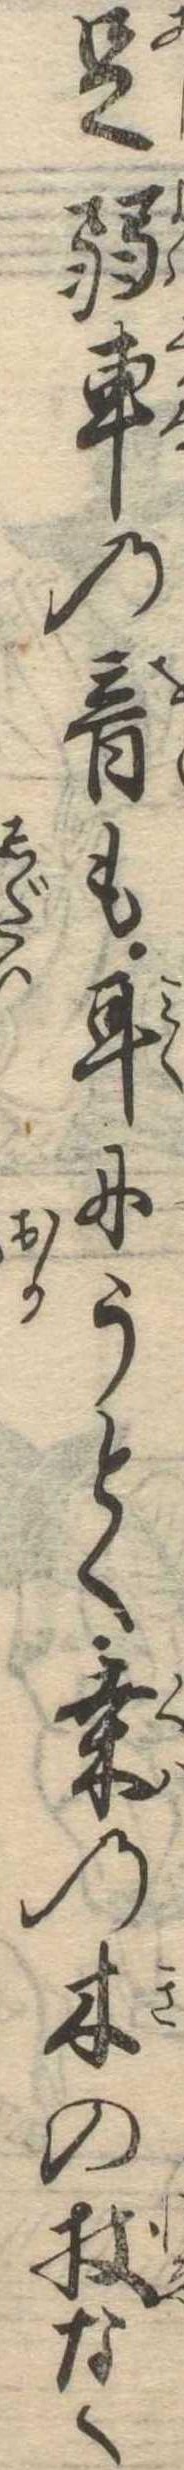
足弱車の音も耳にうとく桑の木の杖なく